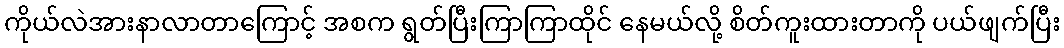
ကိုယ်လဲအားနာလာတာကြောင့် အစက ရွတ်ပြီးကြာကြာထိုင် နေမယ်လို့ စိတ်ကူးထားတာကို ပယ်ဖျက်ပြီး